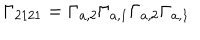
\Gamma _ { 2 1 2 1 } = \Gamma _ { a , 2 } \Gamma _ { a , 1 } \Gamma _ { a , 2 } \Gamma _ { a , 1 }